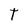
Character: t